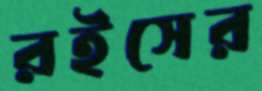
রইসের